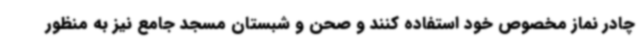
چادر نماز مخصوص خود استفاده کنند و صحن و شبستان مسجد جامع نیز به منظور